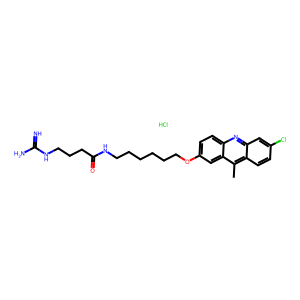
SMILES: Cc1c2ccc(Cl)cc2nc2ccc(OCCCCCCNC(=O)CCCNC(=N)N)cc12.Cl
Inhibits HIV replication: No